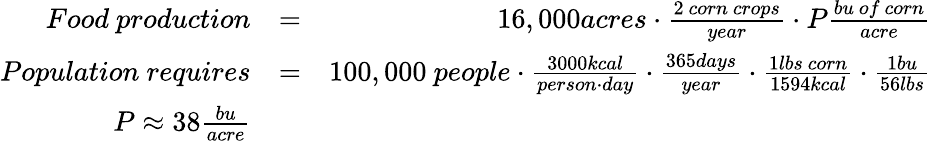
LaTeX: \begin{array}{rlr}{Food~production}&{=}&{16,000acres\cdot\frac{2~corn~crops}{year}\cdot P\frac{bu~of~corn}{acre}}\\ {Population~requires}&{=}&{100,000~people\cdot\frac{3000kcal}{person\cdot day}\cdot\frac{365days}{year}\cdot\frac{1lbs~corn}{1594kcal}\cdot\frac{1bu}{56lbs}}\\ {P\approx 38\frac{bu}{acre}}&{}&\end{array}